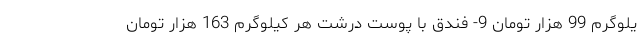
یلوگرم 99 هزار تومان 9- فندق با پوست درشت هر کیلوگرم 163 هزار تومان